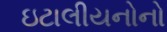
ઇટાલીયનોનો